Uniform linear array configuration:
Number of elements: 64
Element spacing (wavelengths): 0.75
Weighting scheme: blackman
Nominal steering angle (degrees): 30
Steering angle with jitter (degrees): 28.5
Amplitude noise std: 0.05
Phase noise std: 0.05

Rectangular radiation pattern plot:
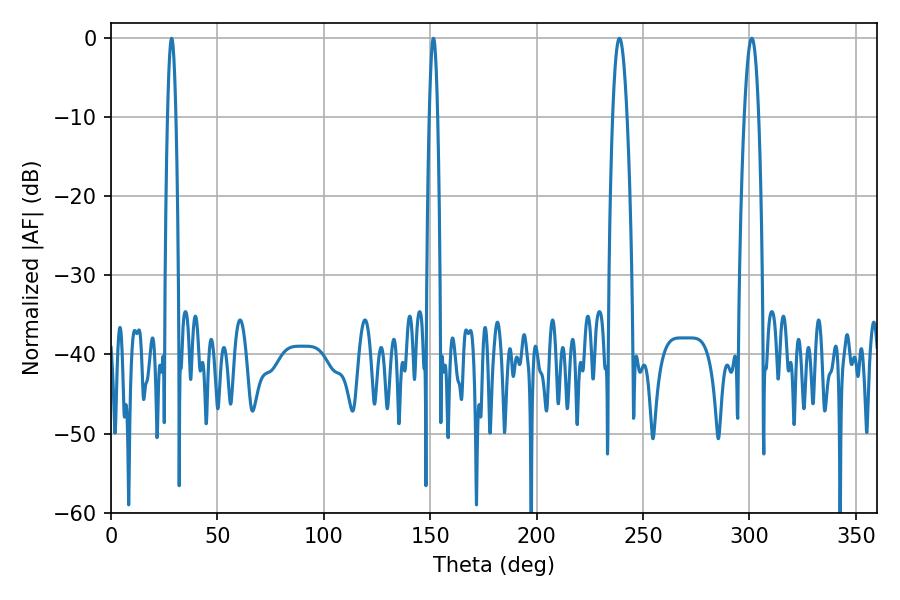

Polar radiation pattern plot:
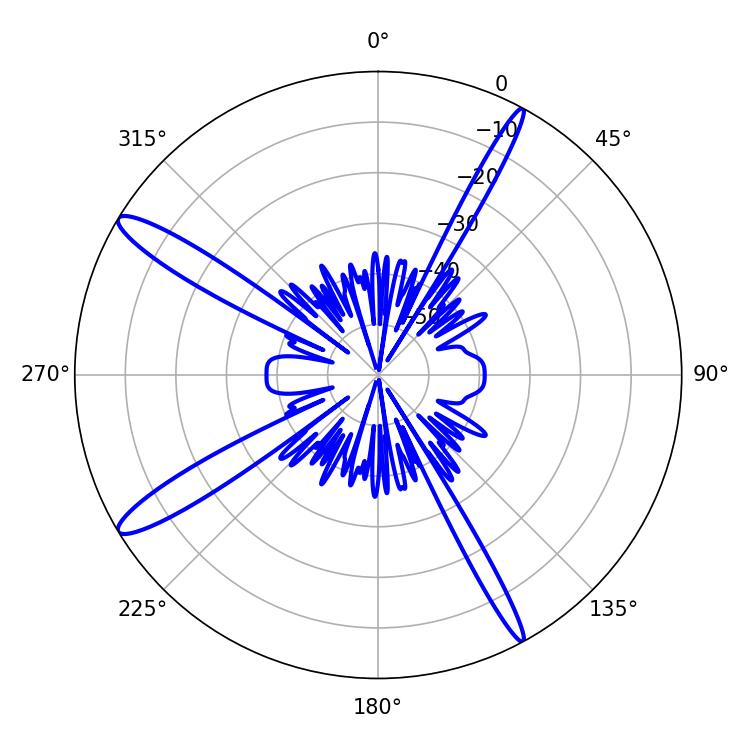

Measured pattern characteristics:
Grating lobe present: TRUE
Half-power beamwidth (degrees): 3.78
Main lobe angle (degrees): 301.14